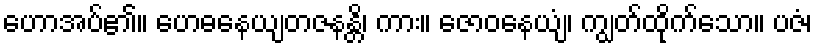
ဟောအပ်၏။ ဟေဓနေယျတဇနန္တိ၊ ကား။ ဇောဝနေယျံ၊ ကျွတ်ထိုက်သော။ ပဇံ၊